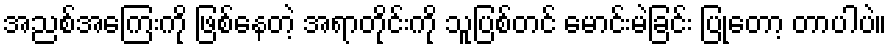
အညစ်အကြေးကို ဖြစ်နေတဲ့ အရာတိုင်းကို သူပြစ်တင် မောင်းမဲခြင်း ပြုတော့ တာပါပဲ။